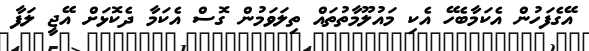
އޭގެފަހުން އެކަމާބެހޭ އެކި މައުލޫމާތުތައް ތިލަވަމުން ގޮސް އެކަމާ ދެކޮޅަށް އޭޖީ ލަފާ